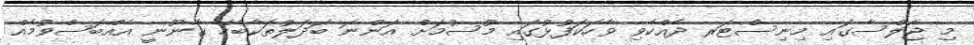
މި ޖަލްސާގައި މިނިސްޓަރ ދެއްކެވި ވާހަކަފުޅުގައި މޫސުމަށް އަންނަ ބަދަލުތަކާބެހޭ ގާނޫނީ އެއްބަސްވުމެއް